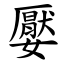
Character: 嬮